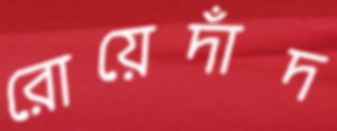
রোয়েদাঁদ